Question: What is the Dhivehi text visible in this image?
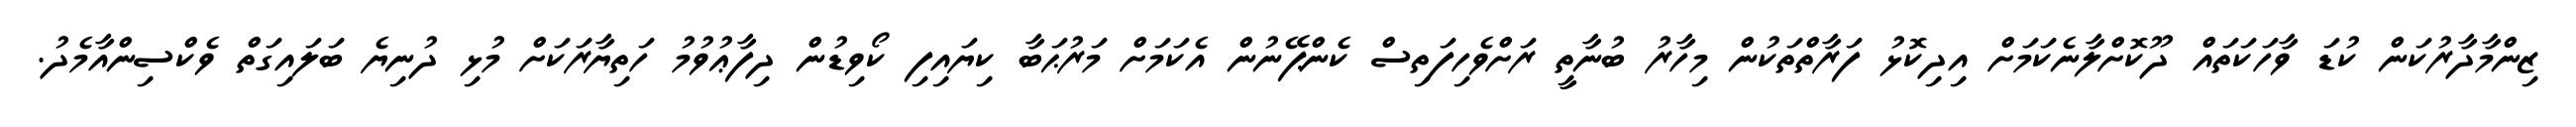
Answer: ޒިންމާދާރުކަން ކުޑަ ވާހަކަތައް ދޫކޮށްލާނެކަމަށް އިދިކޮޅު ފަރާތްތަކުން މިހާރު ބުނާތީ ރަށްވެހިފަތިސް ކެންޕޭނުން އެކަމަށް މަރުޙަބާ ކިޔައިފި ކޯވިޑުން ދިފާޢުވުމު ހަތިޔާރަކަށް މުޅި ދުނިޔެ ބަލައިގަތް ވެކްސިންއާމެދު.